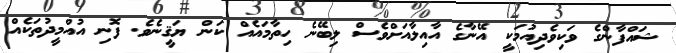
ޝައްފާންގެ ވަކިވެދިއުމަކީ އޭނާގެ އާއިލާއަށްވެސް ލިބޭނެ ހިތާމައެއް ކަން ޔަޤީނެވެ. ފޮނި އުއްމީދުތަކެއް